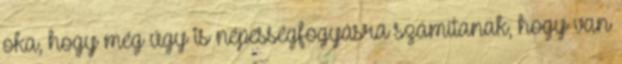
oka, hogy még úgy is népességfogyásra számítanak, hogy van